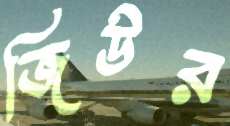
জিউর